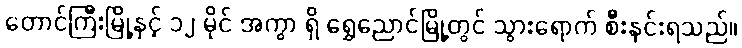
တောင်ကြီးမြို့နှင့် ၁၂ မိုင် အကွာ ရှိ ရွှေညောင်မြို့တွင် သွားရောက် စီးနင်းရသည်။